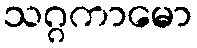
သဂ္ဂကာမော